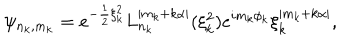
\psi _ { n _ { k } , m _ { k } } = e ^ { - \frac { 1 } { 2 } \xi _ { k } ^ { 2 } } L _ { n _ { k } } ^ { | m _ { k } + k \alpha | } ( \xi _ { k } ^ { 2 } ) e ^ { i m _ { k } \phi _ { k } } \xi _ { k } ^ { | m _ { k } + k \alpha | } ,